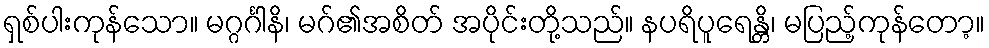
ရှစ်ပါးကုန်သော။ မဂ္ဂင်္ဂါနိ၊ မဂ်၏အစိတ် အပိုင်းတို့သည်။ နပရိပူရေန္တိ၊ မပြည့်ကုန်တော့။